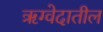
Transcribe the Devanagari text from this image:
ॠग्वेदातील